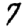
Digit: 7